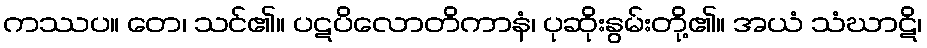
ကဿပ။ တေ၊ သင်၏။ ပဋပိလောတိကာနံ၊ ပုဆိုးနွမ်းတို့၏။ အယံ သံဃာဋိ၊